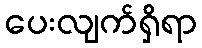
ပေးလျက်ရှိရာ